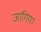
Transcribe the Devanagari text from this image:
जागिया